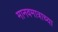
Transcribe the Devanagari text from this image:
मानवमात्राच्या